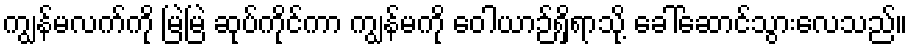
ကျွန်မလက်ကို မြဲမြဲ ဆုပ်ကိုင်ကာ ကျွန်မကို ဝေါယာဉ်ရှိရာသို့ ခေါ်ဆောင်သွားလေသည်။